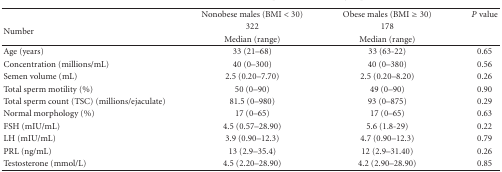
<table><thead><tr><td></td><td><b>Nonobese males (BMI &lt; 30)</b></td><td><b>Obese males (BMI ≥ 30)</b></td><td><b><i>P</i> value</b></td></tr><tr><td rowspan="2"><b> Number</b></td><td><b> 322</b></td><td><b> 178</b></td><td></td></tr><tr><td><b>Median (range)</b></td><td><b>Median (range)</b></td><td></td></tr></thead><tbody><tr><td>Age (years)</td><td>33 (21–68)</td><td>33 (63-22)</td><td>0.65</td></tr><tr><td>Concentration (millions/mL)</td><td>40 (0–300)</td><td>40 (0–380)</td><td>0.56</td></tr><tr><td>Semen volume (mL)</td><td>2.5 (0.20–7.70)</td><td>2.5 (0.20–8.20)</td><td>0.26</td></tr><tr><td>Total sperm motility (%)</td><td>50 (0–90)</td><td>49 (0–90)</td><td>0.90</td></tr><tr><td>Total sperm count (TSC) (millions/ejaculate)</td><td>81.5 (0–980)</td><td>93 (0–875)</td><td>0.29</td></tr><tr><td>Normal morphology (%)</td><td>17 (0–65)</td><td>17 (0–65)</td><td>0.63</td></tr><tr><td>FSH (mIU/mL)</td><td>4.5 (0.57–28.90)</td><td>5.6 (1.8-29)</td><td>0.22</td></tr><tr><td>LH (mIU/mL)</td><td>3.9 (0.90–12.3)</td><td>4.7 (0.90–12.3)</td><td>0.79</td></tr><tr><td>PRL (ng/mL)</td><td>13 (2.9–35.4)</td><td>12 (2.9–31.40)</td><td>0.26</td></tr><tr><td>Testosterone (mmol/L)</td><td>4.5 (2.20–28.90)</td><td>4.2 (2.90–28.90)</td><td>0.85</td></tr></tbody></table>